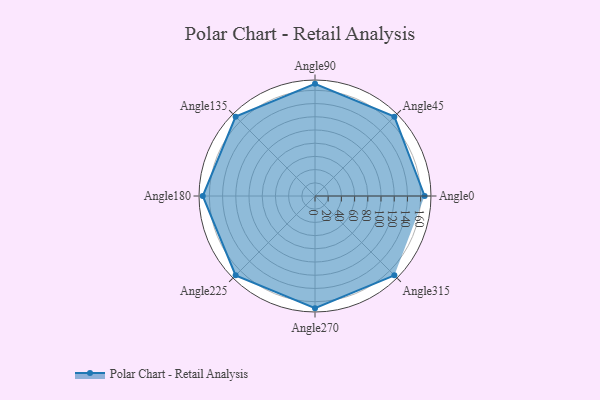
{"axis": {"x": "Angle", "y": "Radius"}, "legend": [""], "data": [{"x": "Angle0", "y": 166.0, "type": ""}, {"x": "Angle45", "y": 170, "type": ""}, {"x": "Angle90", "y": 170, "type": ""}, {"x": "Angle135", "y": 170, "type": ""}, {"x": "Angle180", "y": 170, "type": ""}, {"x": "Angle225", "y": 170, "type": ""}, {"x": "Angle270", "y": 170, "type": ""}, {"x": "Angle315", "y": 170, "type": ""}]}